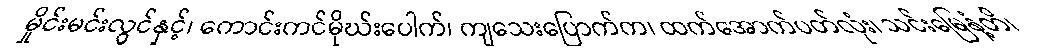
မှိုင်းမင်းလွင်နှင့်၊ ကောင်းကင်မိုဃ်းပေါက်၊ ကျသေးပြောက်က၊ ထက်အောက်ပတ်လုံး၊ သင်းမြေနံ့တိ၊